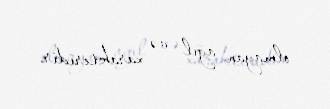
olmayan ağıl və xarakteridir.